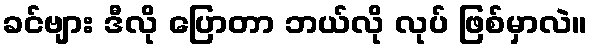
ခင်ဗျား ဒီလို ပြောတာ ဘယ်လို လုပ် ဖြစ်မှာလဲ။